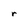
Character: r